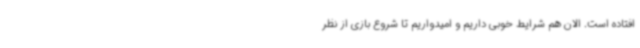
افتاده است. الان هم شرایط خوبی داریم و امیدواریم تا شروع بازی از نظر